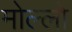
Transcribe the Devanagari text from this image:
मोल्लो